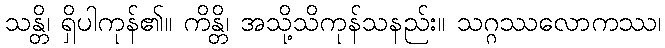
သန္တိ၊ ရှိပါကုန်၏။ ကိန္တိ၊ အသို့သိကုန်သနည်း။ သဂ္ဂဿလောကဿ၊